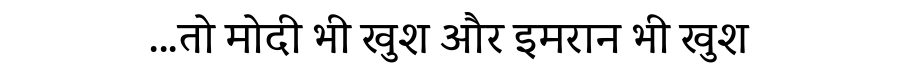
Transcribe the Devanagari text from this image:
...तो मोदी भी खुश और इमरान भी खुश